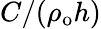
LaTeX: C/(\rho_{\mathrm{o}}h)